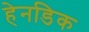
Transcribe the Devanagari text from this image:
हेनडिक